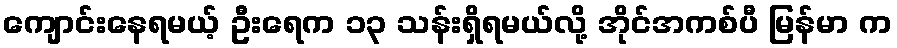
ကျောင်းနေရမယ့် ဦးရေက ၁၃ သန်းရှိရမယ်လို့ အိုင်အကစ်ပီ မြန်မာ က